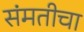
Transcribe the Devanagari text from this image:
संमतीचा